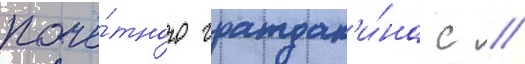
почё́тного граждан'и́на с //